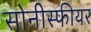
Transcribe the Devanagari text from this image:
सोनीस्फीयर